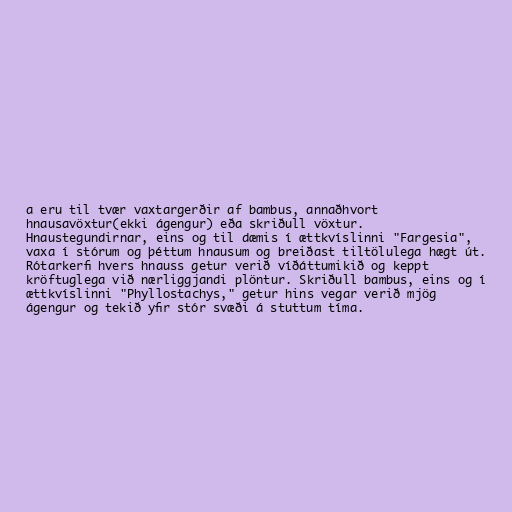
a eru til tvær vaxtargerðir af bambus, annaðhvort
hnausavöxtur(ekki ágengur) eða skriðull vöxtur.
Hnaustegundirnar, eins og til dæmis í ættkvíslinni "Fargesia",
vaxa í stórum og þéttum hnausum og breiðast tiltölulega hægt út.
Rótarkerfi hvers hnauss getur verið víðáttumikið og keppt
kröftuglega við nærliggjandi plöntur. Skriðull bambus, eins og í
ættkvíslinni "Phyllostachys," getur hins vegar verið mjög
ágengur og tekið yfir stór svæði á stuttum tíma.